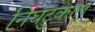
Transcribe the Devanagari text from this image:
निघंटुकाल